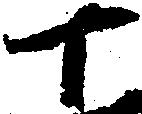
十